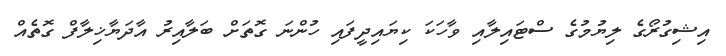
އިޝިގުރޯގެ ލިޔުމުގެ ސްޓައިލާއި ވާހަކަ ކިޔައިދީފައި ހުންނަ ގޮތަށް ބަލާއިރު އާދަޔާޚިލާފް ގޮތެއް